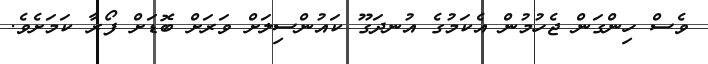
ވެސް ހިންގަން ޖެހުމުން އެކަމުގެ އުނދަގޫ ކައުންސިލަށް ވަރަށް ބޮޑަށް ފޯރާ ކަމަށެވެ.